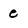
Character: e